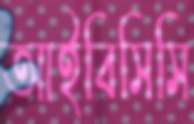
আইবিসিসি